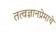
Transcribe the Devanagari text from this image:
तत्वज्ञानप्रेमाचे